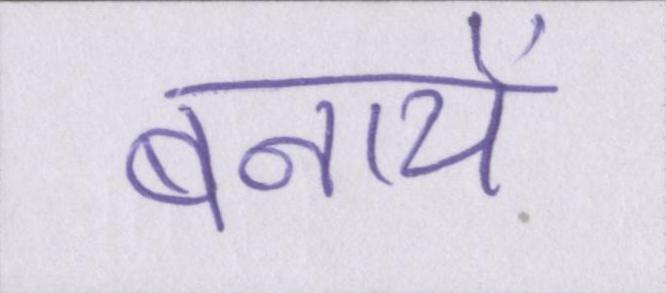
बनायें